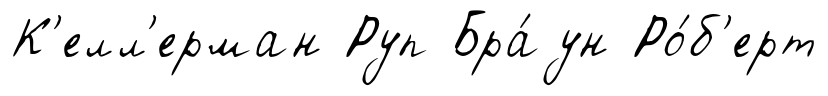
К'елл'ерман Руп Бра́ун Ро́б'ерт